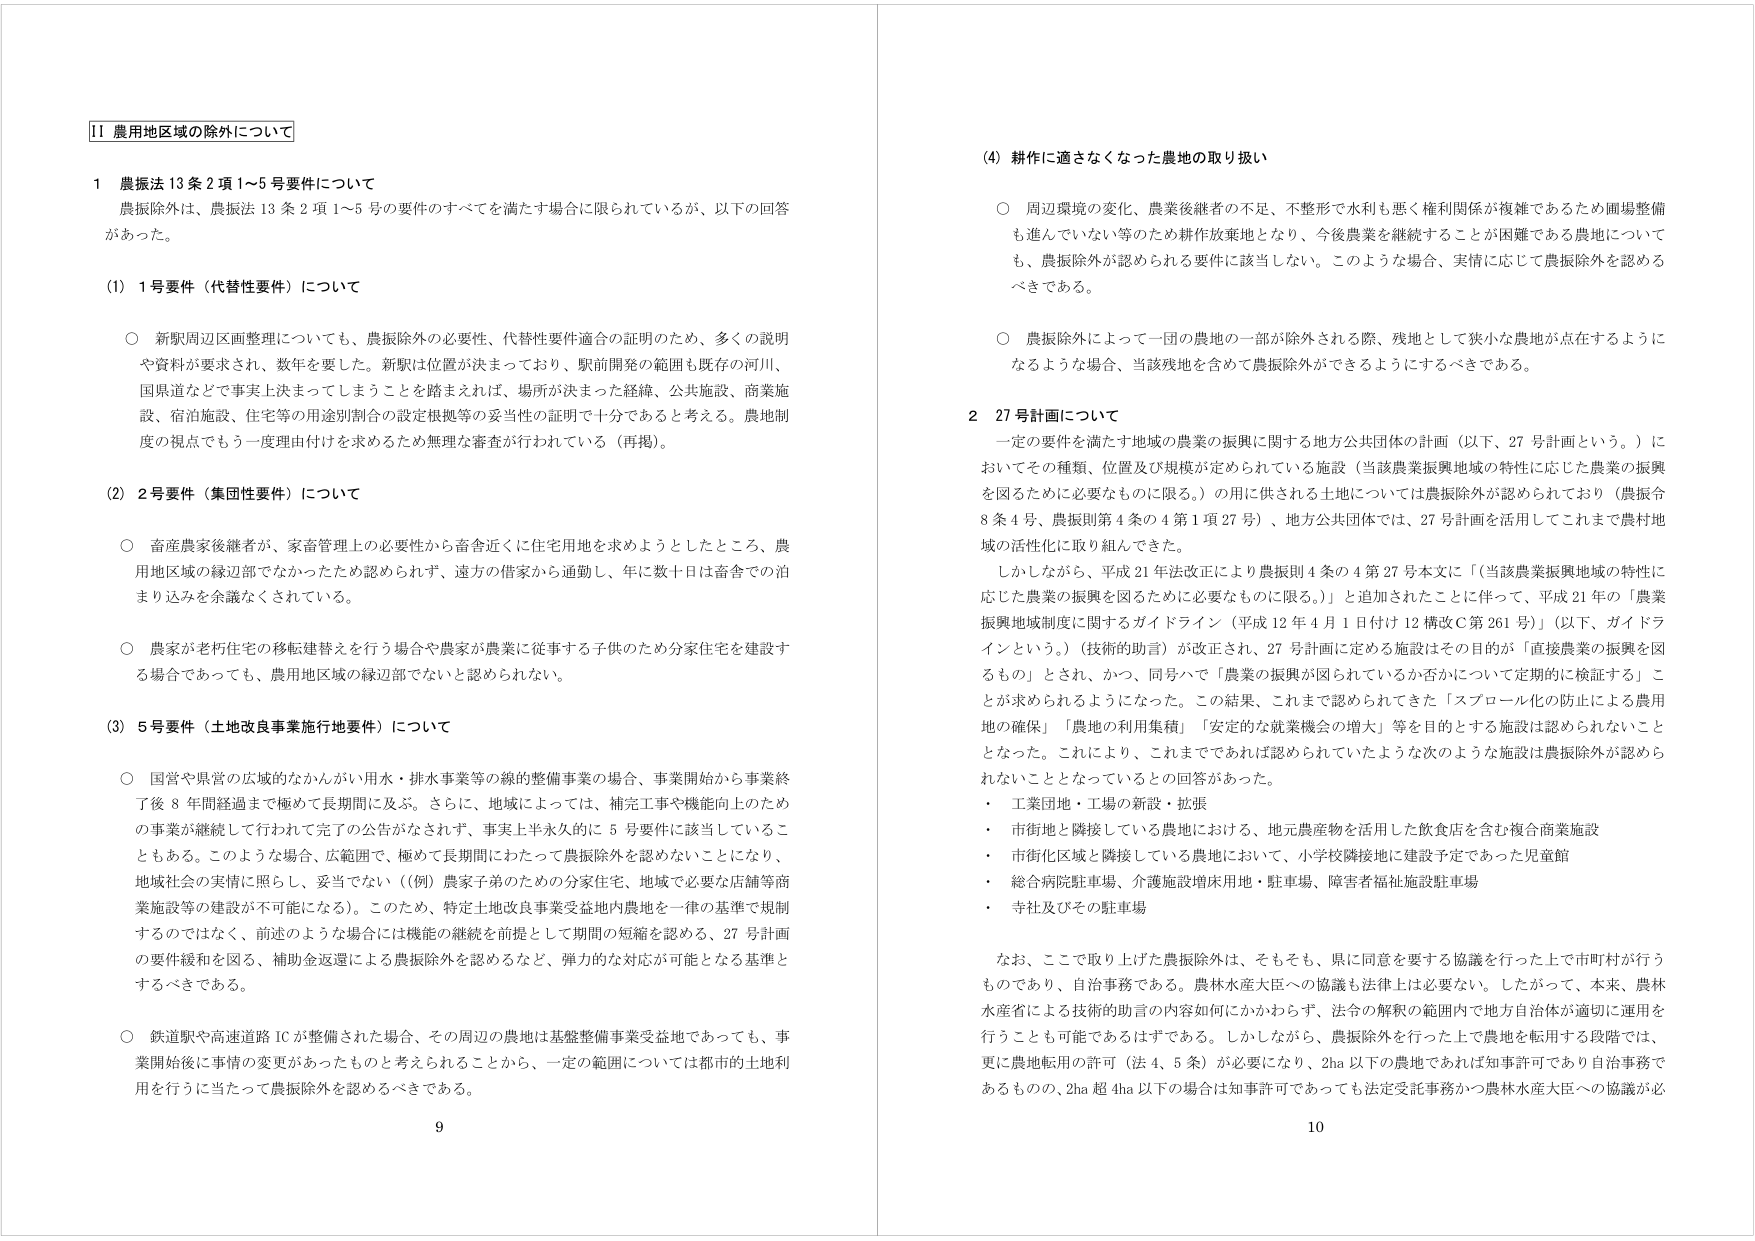
11 農用地区域の除外について

1 農振法13条2項1～5号要件について
農振除外は、農振法13条2項1～5号の要件のすべてを満たす場合に限られているが、以下の回答があった。

(1) 1号要件（代替性要件）について
○ 新駅周辺区画整理についても、農振除外の必要性、代替性要件適合の証明のため、多くの説明や資料が要求され、数年を要した。新駅は位置が決まっており、駅前開発の範囲も既存の河川、国県道などで事実上決まってしまうことを踏まえれば、場所が決まった経緯、公共施設、商業施設、宿泊施設、住宅等の用途別割合の設定根拠等の妥当性の証明で十分であると考える。農地制度の視点でもう一度理由付けを求めるため無理な審査が行われている（再掲）。

(2) 2号要件（集団性要件）について
○ 畜産農家後継者が、家畜管理上の必要性から畜舎近くに住宅用地を求めようとしたところ、農用地区域の縁辺部でなかったため認められず、遠方の借家から通勤し、年に数十日は畜舎での泊まり込みを余儀なくされている。
○ 農家が老朽住宅の移転建替えを行う場合や農家が農業に従事する子供のため分家住宅を建設する場合であっても、農用地区域の縁辺部でないと認められない。

(3) 5号要件（土地改良事業施行地要件）について
○ 国営や県営の広域的なかんがい用水・排水事業等の縦的整備事業の場合、事業開始から事業終了後8年間経過まで極めて長期間に及ぶ。さらに、地域によっては、補完工事や機能向上のための事業が継続して行われて完了の公告がなされず、事実上半永久的に5号要件に該当していることもある。このような場合、広範囲で、極めて長期間にわたって農振除外を認めないことになり、地域社会の実情に照らし、妥当でない（（例）農家子弟のための分家住宅、地域で必要な店舗等商業施設等の建設が不可能になる）。このため、特定土地改良事業受益地内農地を一律の基準で規制するのではなく、前述のような場合には機能の継続を前提として期間の短縮を認める、27号計画の要件緩和を図る、補助金返還による農振除外を認めるなど、弾力的な対応が可能となる基準とするべきである。
○ 鉄道駅や高速道路ICが整備された場合、その周辺の農地は基盤整備事業受益地であっても、事業開始後に事情の変更があったものと考えられることから、一定の範囲については都市の土地利用を行うに当たって農振除外を認めるべきである。

(4) 耕作に適さなくなった農地の取り扱い
○ 周辺環境の変化、農業後継者の不足、不整形で水利も悪く権利関係が複雑であるため圃場整備も進んでいない等のため耕作放棄地となり、今後農業を継続することが困難である農地についても、農振除外が認められる要件に該当しない。このような場合、実情に応じて農振除外を認めるべきである。
○ 農振除外によって一団の農地の一部が除外される際、残地として狭小な農地が点在するようになるような場合、当該残地を含めて農振除外ができるようにするべきである。

2 27号計画について
一定の要件を満たす地域の農業の振興に関する地方公共団体の計画（以下、27号計画という。）においてその種類、位置及び規模が定められている施設（当該農業振興地域の特性に応じた農業の振興を図るために必要なものに限る。）の用に供される土地については農振除外が認められており（農振令8条4号、農振則第4条の4第1項27号）、地方公共団体では、27号計画を活用してこれまで農村地域の活性化に取り組んできた。
しかしながら、平成21年法改正により農振則4条の4第27号本文に「（当該農業振興地域の特性に応じた農業の振興を図るために必要なものに限る。）」と追加されたことに伴って、平成21年の「農業振興地域制度に関するガイドライン（平成12年4月1日付け12構改C第261号）」（以下、ガイドラインという。）（技術的助言）が改正され、27号計画に定める施設はその目的が「直接農業の振興を図るもの」とされ、かつ、同号ハで「農業の振興が図られているか否かについて定期的に検証する」ことが求められるようになった。この結果、これまで認められてきた「スプロール化の防止による農用地の確保」「農地の利用集積」「安定的な就業機会の増大」等を目的とする施設は認められないこととなった。これにより、これまでであれば認められていたような次のような施設は農振除外が認められないこととなっているとの回答があった。
・ 工業団地・工場の新設・拡張
・ 市街地と隣接している農地における、地元農産物を活用した飲食店を含む複合商業施設
・ 市街化区域と隣接している農地において、小学校隣接地に建設予定であった児童館
・ 総合病院駐車場、介護施設増床用地・駐車場、障害者福祉施設駐車場
・ 寺社及びその駐車場
なお、ここで取り上げた農振除外は、そもそも、県に同意を要する協議を行った上で市町村が行うものであり、自治事務である。農林水産大臣への協議も法律上は必要ない。したがって、本来、農林水産省による技術的助言の内容如何にかかわらず、法令の解釈の範囲内で地方自治体が適切に運用を行うことも可能であるはずである。しかしながら、農振除外を行った上で農地を転用する段階では、更に農地転用の許可（法4、5条）が必要になり、2ha以下の農地であれば知事許可であり自治事務であるものの、2ha超4ha以下の場合は知事許可であっても法定受託事務かつ農林水産大臣への協議が必

9
10